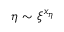
\eta \sim \xi ^ { x _ { \eta } }